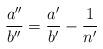
LaTeX: \begin{align*}\frac{a''}{b''} = \frac{a'}{b'} - \frac{1}{n'} \end{align*}